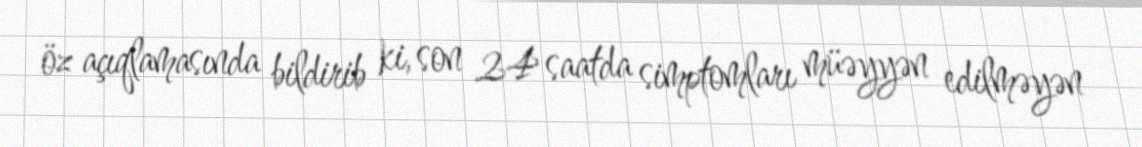
öz açıqlamasında bildirib ki, son 24 saatda simptomları müəyyən edilməyən